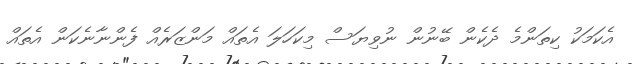
އެކަމަކު ކިތަންމެ ދެކެން ބޭނުން ނުވިޔަސް މިކަހަލަ އެތައް މަންޒަރެއް ފެންނާނެކަން އެތައް